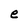
Character: e